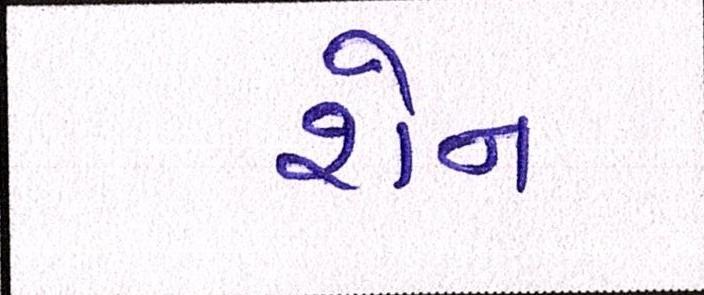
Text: શેન